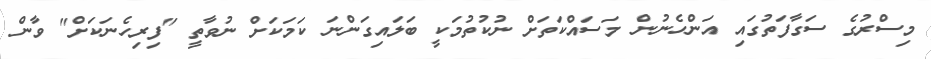
މިސްރުގެ ސަގާފަތުގައި އަންހެނުން މަސައްކަތަށް ނުކުތުމަކީ ބަލައިގަންނަ ކަމަކަށް ނުވާތީ "ފިރިހެނަކަށް" ވާން